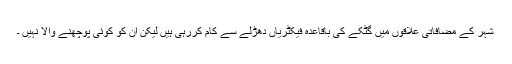
شہر کے مضافاتی علاقوں میں گٹکے کی باقاعدہ فیکٹریاں دھڑلے سے کام کررہی ہیں لیکن ان کو کوئی پوچھنے والا نہیں ۔